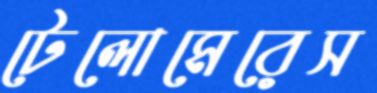
টেলোমেরেস